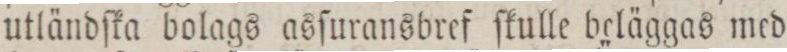
utländſka bolags asſuransbref ſkulle beläggas med